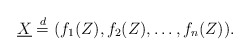
\begin{align*}\underline{X} \stackrel{d}{=} (f_{1}(Z),f_{2}(Z),\ldots,f_{n}(Z)).\end{align*}